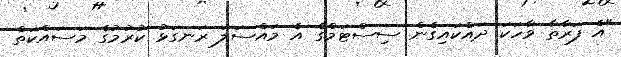
"އެ ފަރާތާ ވާހަކަ ދައްކައިގެން ސިސްޓަމްގެ އެ މައްސަލަ ރަނގަޅު ކުރުމުގެ މަސައްކަތް